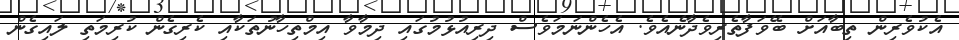
އެކުވެރިން ތިބާއަށް ބޭވަފާތެރިވެދާނެއެވެ. އެހެންނަމަވެސް ދިރިއުޅުމުގައި ދިމާވާ އިމްތިހާނުތަކާއި ކެރިގެން ކުރިމަތި ލައިގެން